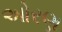
ઓરણ